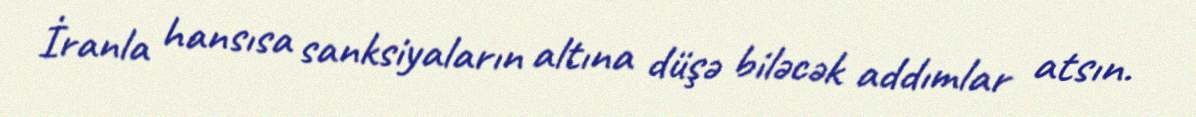
İranla hansısa sanksiyaların altına düşə biləcək addımlar atsın.